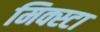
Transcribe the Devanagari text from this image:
मिक्स्टा